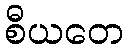
စီယတေ